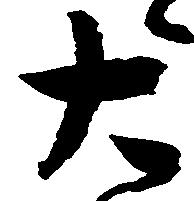
大